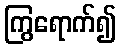
ကြွရောက်၍